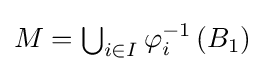
{\textstyle M=\bigcup _{i\in I}\varphi _{i}^{-1}\left(B_{1}\right)}